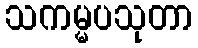
သကမ္မပသုတာ